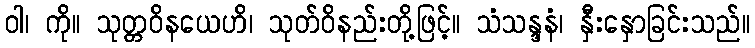
ဝါ၊ ကို။ သုတ္တဝိနယေဟိ၊ သုတ်ဝိနည်းတို့ဖြင့်။ သံသန္ဒနံ၊ နှီးနှောခြင်းသည်။